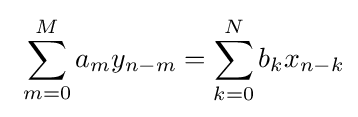
\ \sum _{m=0}^{M}a_{m}y_{n-m}=\sum _{k=0}^{N}b_{k}x_{n-k}